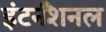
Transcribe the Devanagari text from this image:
इंटर्नॅशनल